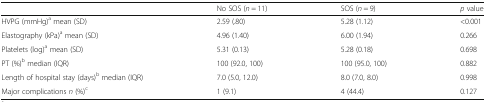
|  | No SOS (n = 11) | SOS (n = 9) | p value |
 | --- | --- | --- | --- |
 | HVPG (mmHg)a mean (SD) | 2.59 (.80) | 5.28 (1.12) | <0.001 |
 | Elastography (kPa)a mean (SD) | 4.96 (1.40) | 6.00 (1.94) | 0.266 |
 | Platelets (log)a mean (SD) | 5.31 (0.13) | 5.28 (0.18) | 0.698 |
 | PT (%)b median (IQR) | 100 (92.0, 100) | 100 (95.0, 100) | 0.882 |
 | Length of hospital stay (days)b median (IQR) | 7.0 (5.0, 12.0) | 8.0 (7.0, 8.0) | 0.998 |
 | Major complications n (%)c | 1 (9.1) | 4 (44.4) | 0.127 |